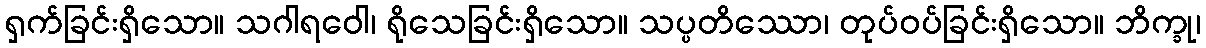
ရှက်ခြင်းရှိသော။ သဂါရဝေါ၊ ရိုသေခြင်းရှိသော။ သပ္ပတိဿော၊ တုပ်ဝပ်ခြင်းရှိသော။ ဘိက္ခု၊